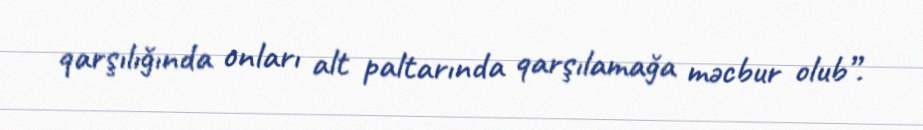
qarşılığında onları alt paltarında qarşılamağa məcbur olub”.